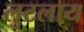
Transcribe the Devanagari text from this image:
लुटलाय